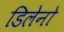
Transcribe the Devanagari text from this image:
डिलेनो